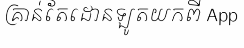
គ្រាន់តែដោនឡូតយកពី App